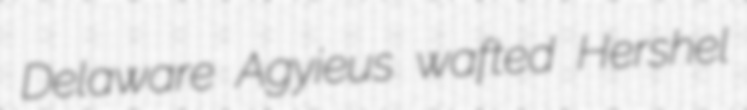
Delaware Agyieus wafted Hershel